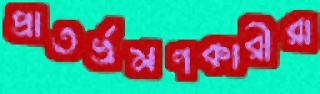
প্রাতর্ভ্রমণকারীরা